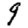
Digit: 9